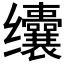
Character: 𱺰